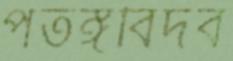
পতঙ্গবিদব